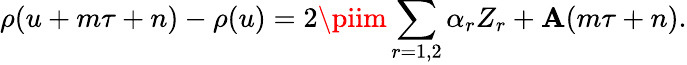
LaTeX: \rho(u+m\tau+n)-\rho(u)=2\piim\sum_{r=1,2}\alpha_{r}Z_{r}+\mathbf{A}(m\tau+n).